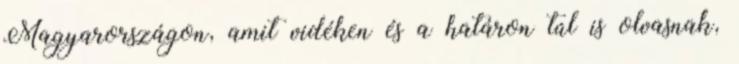
Magyarországon, amit vidéken és a határon túl is olvasnak,